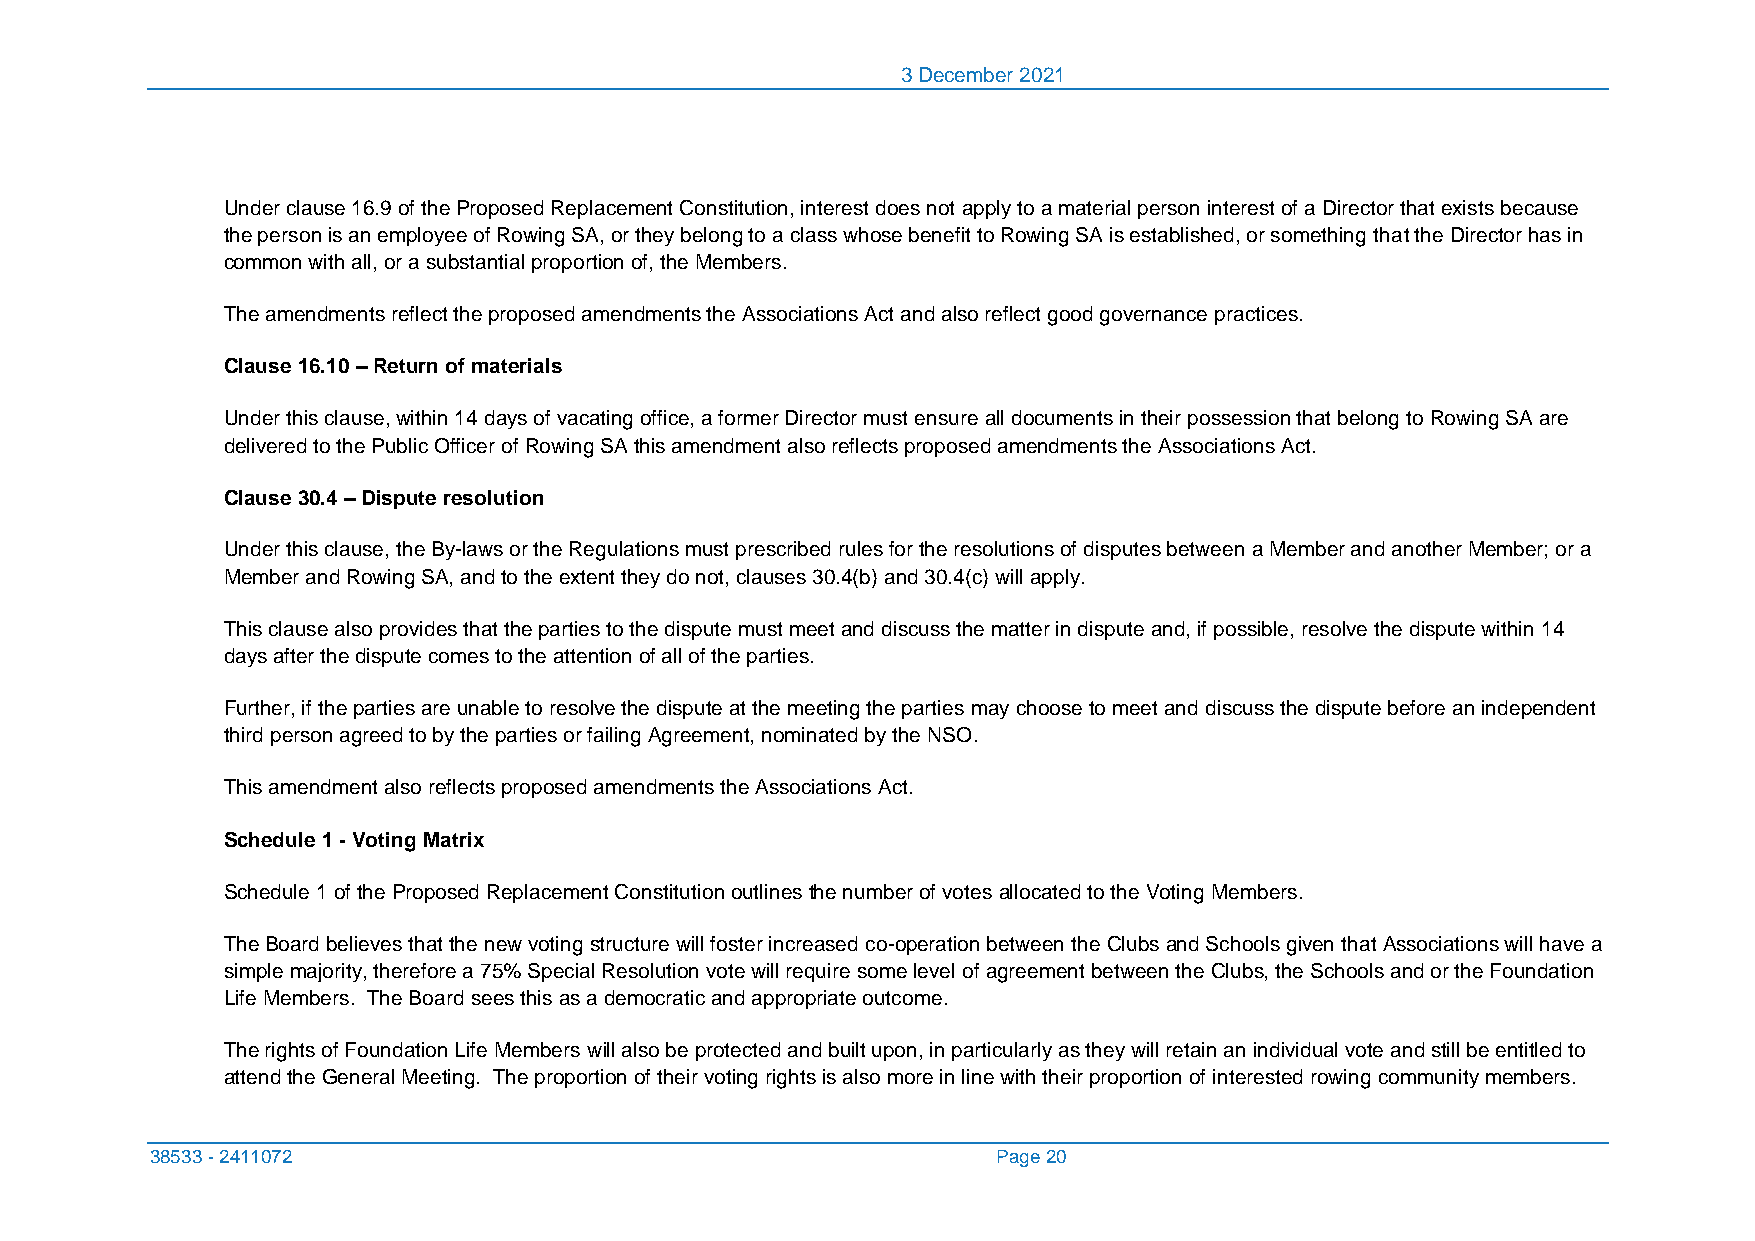
3 December 2021
 Under clause 16.9 of the Proposed Replacement Constitution, interest does not apply to a material person interest of a Director that exists because
 the person is an employee of Rowing SA, or they belong to a class whose benefit to Rowing SA is established, or something that the Director has in
 common with all, or a substantial proportion of, the Members.
 The amendments reflect the proposed amendments the Associations Act and also reflect good governance practices.
 Clause 16.10 – Return of materials
 Under this clause, within 14 days of vacating office, a former Director must ensure all documents in their possession that belong to Rowing SA are
 delivered to the Public Officer of Rowing SA this amendment also reflects proposed amendments the Associations Act.
 Clause 30.4 – Dispute resolution
 Under this clause, the By-laws or the Regulations must prescribed rules for the resolutions of disputes between a Member and another Member; or a
 Member and Rowing SA, and to the extent they do not, clauses 30.4(b) and 30.4(c) will apply.
 This clause also provides that the parties to the dispute must meet and discuss the matter in dispute and, if possible, resolve the dispute within 14
 days after the dispute comes to the attention of all of the parties.
 Further, if the parties are unable to resolve the dispute at the meeting the parties may choose to meet and discuss the dispute before an independent
 third person agreed to by the parties or failing Agreement, nominated by the NSO.
 This amendment also reflects proposed amendments the Associations Act.
 Schedule 1 - Voting Matrix
 Schedule 1 of the Proposed Replacement Constitution outlines the number of votes allocated to the Voting Members.
 The Board believes that the new voting structure will foster increased co-operation between the Clubs and Schools given that Associations will have a
 simple majority, therefore a 75% Special Resolution vote will require some level of agreement between the Clubs, the Schools and or the Foundation
 Life Members. The Board sees this as a democratic and appropriate outcome.
 The rights of Foundation Life Members will also be protected and built upon, in particularly as they will retain an individual vote and still be entitled to
 attend the General Meeting. The proportion of their voting rights is also more in line with their proportion of interested rowing community members.
 38533 - 2411072                                         Page 20